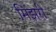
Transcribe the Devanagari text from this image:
मिझरी